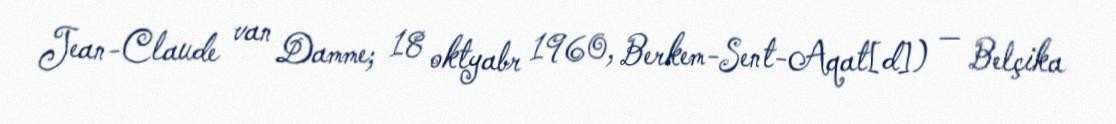
Jean-Claude van Damme; 18 oktyabr 1960, Berkem-Sent-Aqat[d]) — Belçika